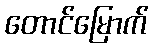
တောင်မြောက်